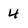
Character: 4